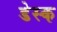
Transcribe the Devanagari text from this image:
डेस्‍क